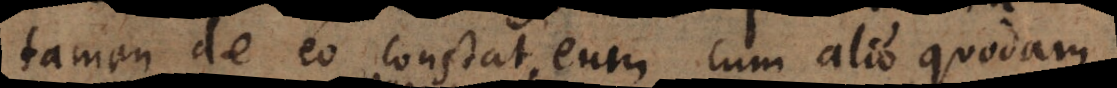
tamen de eo constat, eum cum alio quodam